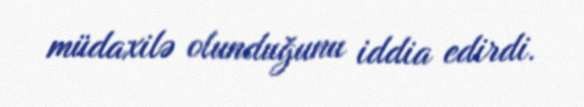
müdaxilə olunduğunu iddia edirdi.